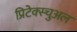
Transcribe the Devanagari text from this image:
प्रिटेक्स्चुअल